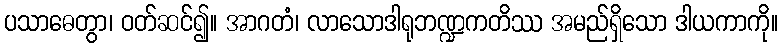
ပသာဓေတွာ၊ ဝတ်ဆင်၍။ အာဂတံ၊ လာသောဒါရုဘဏ္ဍကတိဿ အမည်ရှိသော ဒါယကာကို။